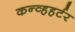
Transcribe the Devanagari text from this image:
कन्व्हहर्टर